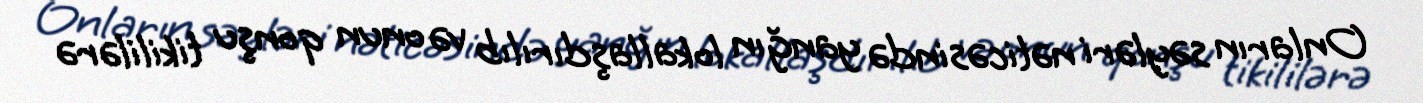
Onların səyləri nəticəsində yanğın lokallaşdırılıb və onun qonşu tikililərə